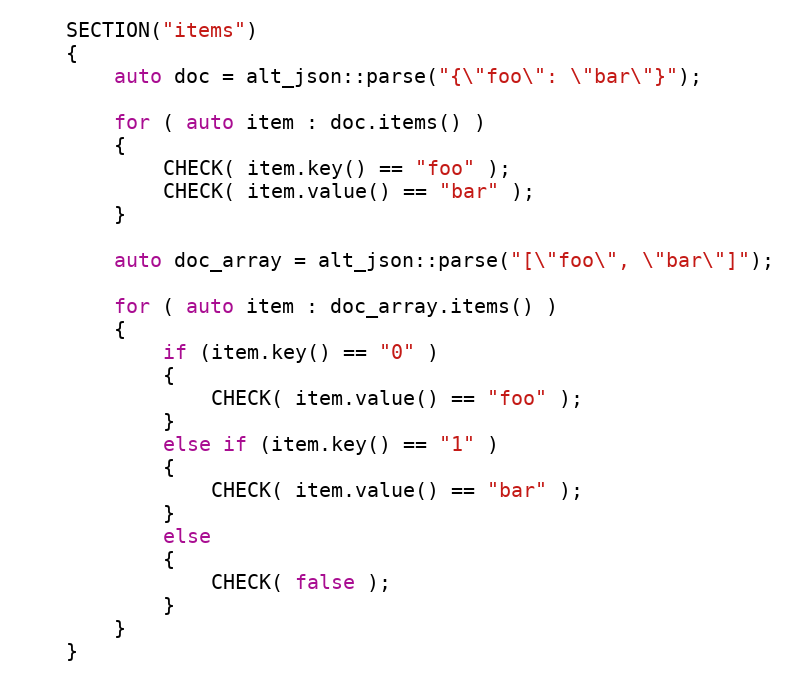
Language: C++
    SECTION("items")
    {
        auto doc = alt_json::parse("{\"foo\": \"bar\"}");

        for ( auto item : doc.items() )
        {
            CHECK( item.key() == "foo" );
            CHECK( item.value() == "bar" );
        }

        auto doc_array = alt_json::parse("[\"foo\", \"bar\"]");

        for ( auto item : doc_array.items() )
        {
            if (item.key() == "0" )
            {
                CHECK( item.value() == "foo" );
            }
            else if (item.key() == "1" )
            {
                CHECK( item.value() == "bar" );
            }
            else
            {
                CHECK( false );
            }
        }
    }